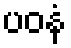
ပဝနံ